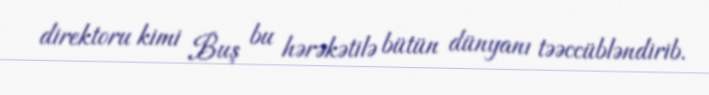
direktoru kimi Buş bu hərəkətilə bütün dünyanı təəccübləndirib.